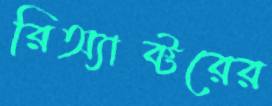
রিঅ্যাক্টরের